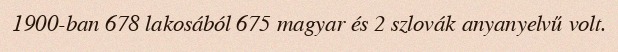
1900-ban 678 lakosából 675 magyar és 2 szlovák anyanyelvű volt.